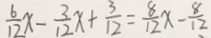
\frac { 6 } { 1 2 } x - \frac { 3 } { 1 2 } x + \frac { 3 } { 1 2 } = \frac { 8 } { 1 2 } x - \frac { 8 } { 1 2 }